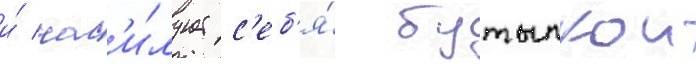
и́ нас'и́лует с'еб'я́ бутылкои